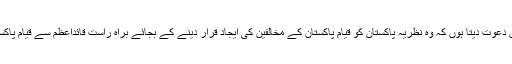
اس لئے نظریہ پاکستان کے دشمنوں کو میں دعوت دیتا ہوں کہ وہ نظریہ پاکستان کو قیام پاکستان کے مخالفین کی ایجاد قرار دینے کے بجائے براہ راست قائداعظمؒ سے قیام پاکستان کے مقاصد سمجھنے کی کوشش کریں۔